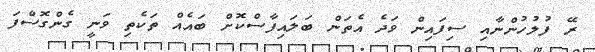
ރޭ ފުލުހުންނާއި ސިފައިން ވަދެ އެތަން ބަލައިފާސްކޮށް ބައެއް ތަކެތި ވަނީ ގެންގޮސްފަ